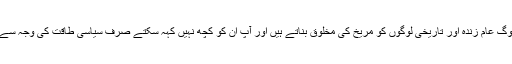
لوگ عام زندہ اور تاریخی لوگوں کو مریخ کی مخلوق بناتے ہیں اور آپ ان کو کچھ نہیں کہہ سکتے صرف سیاسی طاقت کی وجہ سے۔